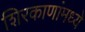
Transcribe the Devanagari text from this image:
शिरकाणांमध्ये